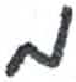
אות: מ